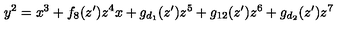
y ^ { 2 } = x ^ { 3 } + f _ { 8 } ( z ^ { \prime } ) z ^ { 4 } x + g _ { d _ { 1 } } ( z ^ { \prime } ) z ^ { 5 } + g _ { 1 2 } ( z ^ { \prime } ) z ^ { 6 } + g _ { d _ { 2 } } ( z ^ { \prime } ) z ^ { 7 }